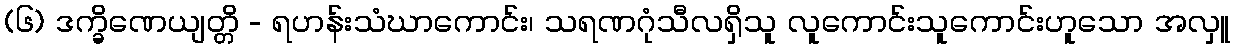
(၆) ဒက္ခိဏေယျတ္တိ - ရဟန်းသံဃာကောင်း၊ သရဏဂုံသီလရှိသူ လူကောင်းသူကောင်းဟူသော အလှူ